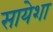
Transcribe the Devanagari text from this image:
सायेशा